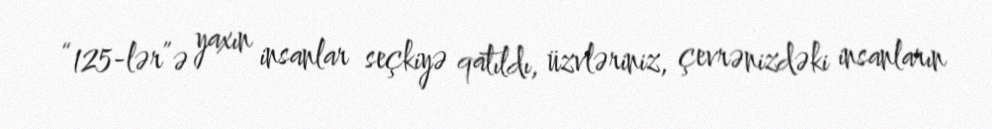
“125-lər”ə yaxın insanlar seçkiyə qatıldı, üzvləriniz, çevrənizdəki insanların